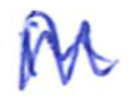
Text: in
Cross-out: zig-zag
Writing tool: ballpoint